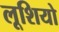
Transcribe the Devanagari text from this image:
लूशियो